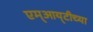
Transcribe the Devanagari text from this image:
एम्‌आय्‌टीच्या